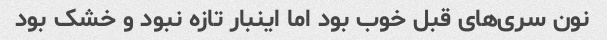
نون سری‌های قبل خوب بود اما اینبار تازه نبود و خشک بود